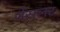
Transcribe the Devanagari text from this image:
जेंसलर